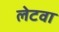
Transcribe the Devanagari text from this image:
लेटवा